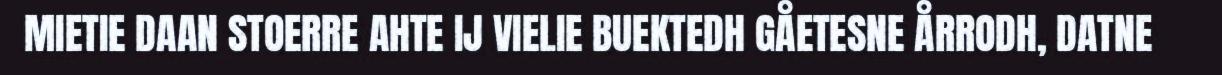
MIETIE DAAN STOERRE AHTE IJ VIELIE BUEKTEDH GÅETESNE ÅRRODH, DATNE